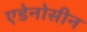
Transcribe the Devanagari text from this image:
एडेनोसीन